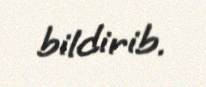
bildirib.